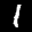
Label: 1